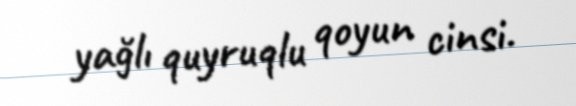
yağlı quyruqlu qoyun cinsi.